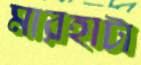
মারহাটা